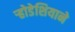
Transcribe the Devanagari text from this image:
र्‍होडेशियाने